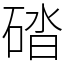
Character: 䂿